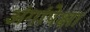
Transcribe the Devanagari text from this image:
अंगांपेक्षा